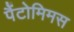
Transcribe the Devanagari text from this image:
पैंटोमिमस